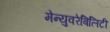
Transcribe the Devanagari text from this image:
मेन्युवरेबिलिटी